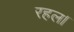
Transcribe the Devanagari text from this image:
रहल।